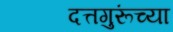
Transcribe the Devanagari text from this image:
दत्तगुरूंच्या